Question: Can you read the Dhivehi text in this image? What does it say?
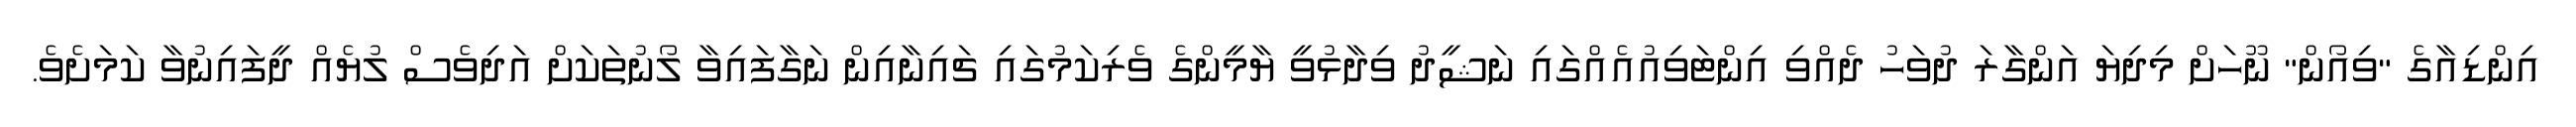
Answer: އިންޑިއާގެ "ވިއޯން" ނޫހަށް މިދިޔަ އަންގާރަ ދުވަހު ދެއްވި އިންޓަވިއުއެއްގައި ނަޝީދު ވިދާޅުވީ ޔާމީންގެ ވެރިކަމުގައި ޗައިނާއިން ނަގާފައިވާ ލޯނުތަކަށް އަދިވެސް ލުޔެއް ދީފައިނުވާ ކަމަށެވެ.